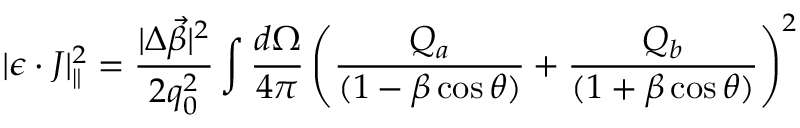
| \epsilon \cdot J | _ { \| } ^ { 2 } = { \frac { | \Delta \vec { \beta } | ^ { 2 } } { 2 q _ { 0 } ^ { 2 } } } \int { \frac { d \Omega } { 4 \pi } } \left( { \frac { Q _ { a } } { ( 1 - \beta \cos \theta ) } } + { \frac { Q _ { b } } { ( 1 + \beta \cos \theta ) } } \right) ^ { 2 }